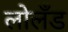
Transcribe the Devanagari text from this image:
लोलँड